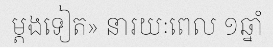
ម្តងទៀត» នារយៈពេល ១ឆ្នាំ